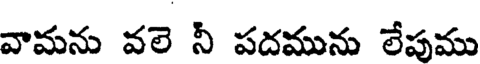
వామను వలె నీ పదమును లేపుము